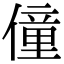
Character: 僮